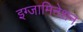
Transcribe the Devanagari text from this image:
इग्जामिनेशन